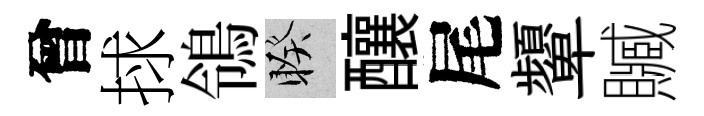
曾捄鴒睽釀尾顰贓